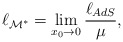
\begin{align*}\ell_{{\cal M}^*} = \lim_{x_0 \to 0} {\ell_{AdS}\over\mu},\end{align*}